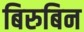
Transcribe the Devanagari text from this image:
बिरुबिन